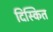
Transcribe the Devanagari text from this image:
दिस्कित